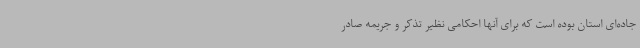
جاده‌ای استان بوده است که برای آنها احکامی نظیر تذکر و جریمه صادر